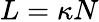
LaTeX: L=\kappa N